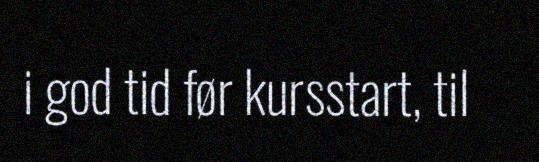
i god tid før kursstart, til